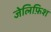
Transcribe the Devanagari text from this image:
जेलिफ़िश